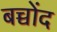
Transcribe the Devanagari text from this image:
बच्चोंद